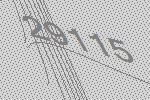
29115